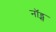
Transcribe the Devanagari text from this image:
नॉड्स